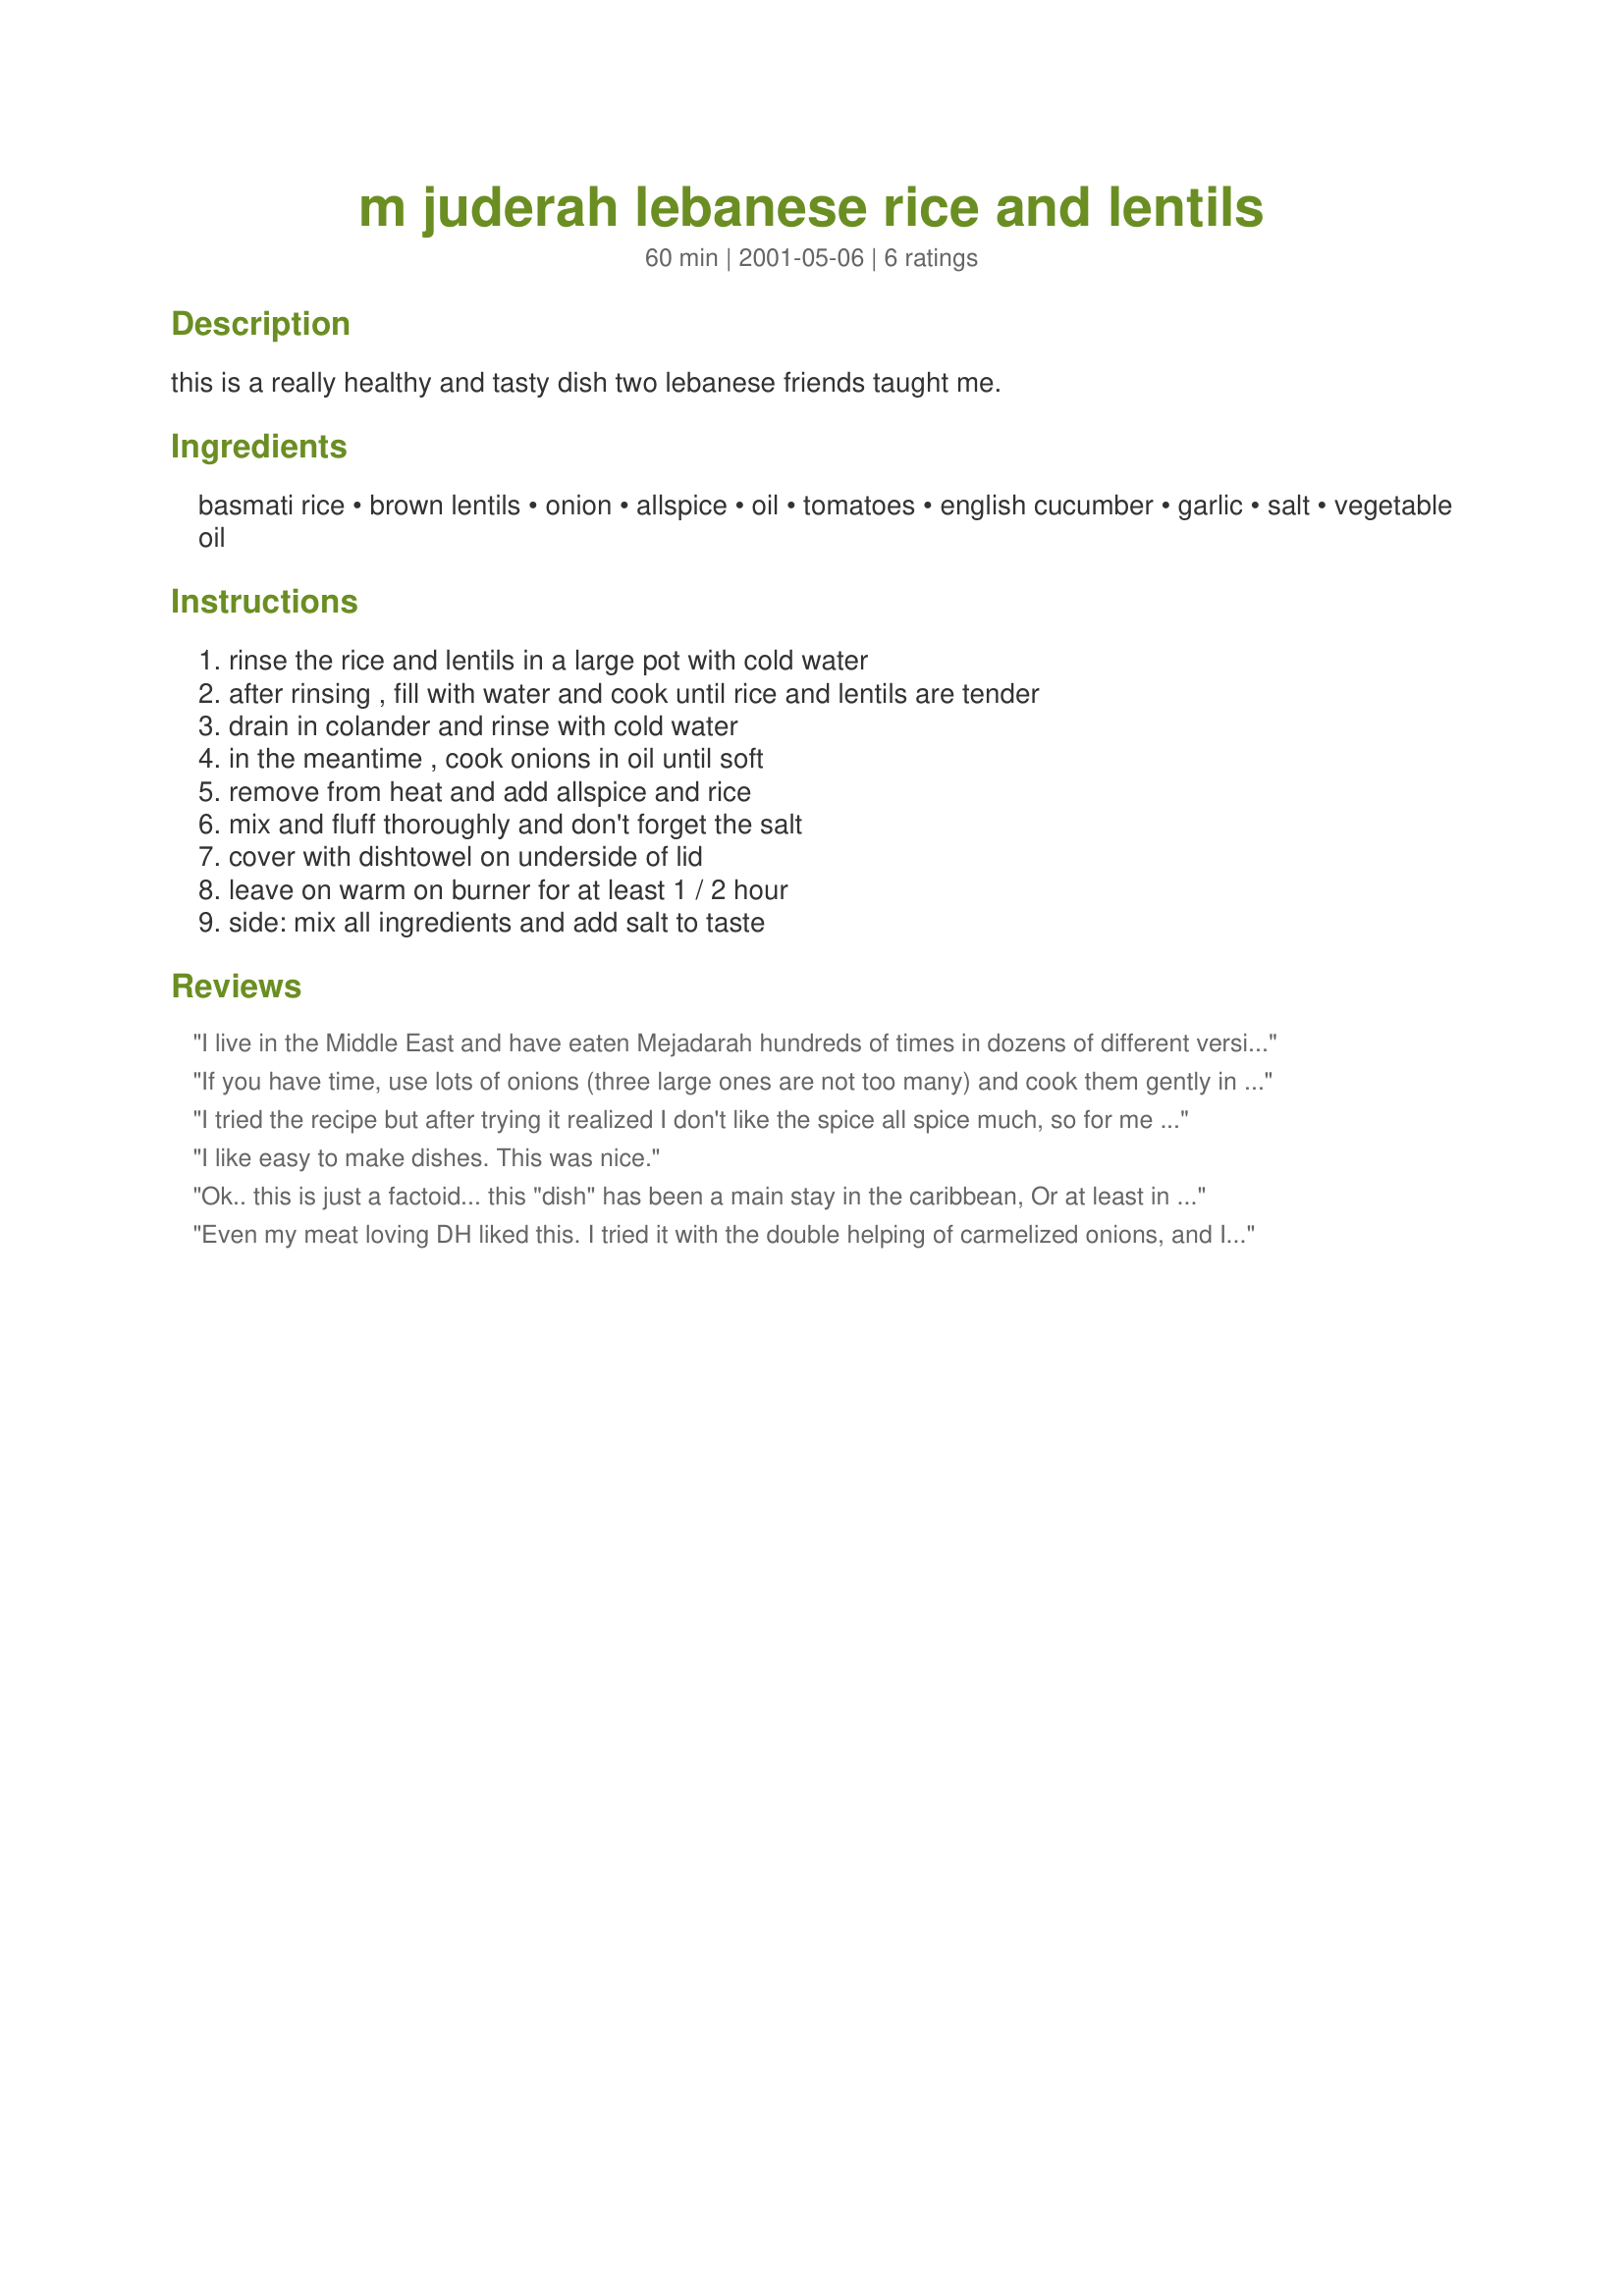
m juderah lebanese rice and lentils
Preparation time: 60 minutes

this is a really healthy and tasty dish two lebanese friends taught me.

Ingredients:
basmati rice, brown lentils, onion, allspice, oil, tomatoes, english cucumber, garlic, salt, vegetable oil

Steps:
rinse the rice and lentils in a large pot with cold water, after rinsing , fill with water and cook until rice and lentils are tender, drain in colander and rinse with cold water, in the meantime , cook onions in oil until soft, remove from heat and add allspice and rice, mix and fluff thoroughly and don't forget the salt, cover with dishtowel on underside of lid, leave on warm on burner for at least 1 / 2 hour, side: mix all ingredients and add salt to taste

Reviews:
I live in the Middle East and have eaten Mejadarah hundreds of times in dozens of different versions. I never had it with allspice before and was curious to try it. It was delicious, although I have to admit that my taste was prejudiced by the countless versions I've had that were heavily flavored with cumin instead of allspice, hence the 3 stars. A good side dish for a meat eater, and even better main course for a vegetarian.
If you have time, use lots of onions (three large ones are not too many) and cook them gently in olive oil for 45 minutes to an hour until they are dark brown and super sweet. This takes the simple meal of lentils and rice to an entirely new and succulent level. A big salad of mache and endive is fabulous with it.
I tried the recipe but after trying it realized I don't like the spice all spice much, so for me it wasn't a favorite however the recipe made a large quantity so I wanted to finish it up. I used Olive Oil and Lemon to put it on the dish and rolled them into wraps and I loved it more that way because it made the allspice more mild. I would definately do this recipe but with cumin next time or less allspice. It was more a personal preference because of the allspice for me but you can always substitute. I liked the assortment of ingredients alot!
I like easy to make dishes. This was nice.
Ok.. this is just a factoid... this "dish" has been a main stay in the caribbean, Or at least in St.Kitts where I was born and lived for many years. 

The Side dish is differnt. And most of the time meat is cooked in the rice with the lentils. At first it was just the part of the chicken call the "back-a-neck" now it's any part of the chicken you want, "saltfish" or/and pork. All three if want or just one.

I would give the Recipezaar the whole recipe, but I don't want to give out wrong info.. but if you want to know what I know and fix it for yourself. Drop me a line.
Even my meat loving DH liked this. I tried it with the double helping of carmelized onions, and I have to say it was very good. The best part is that leftovers of the rice/ lentil mixture freeze nicely, so if you're cooking for two, you have the basis for three meals. We'll cook this again.
